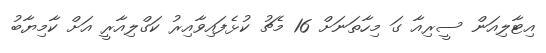
އިޓާލިއަން ސީރިއާ ގަ މިހާތަނަށް 16 މެޗު ކުޅެފައިވާއިރު ކަގްލިއާރީ އަށް ކާމިޔާބު